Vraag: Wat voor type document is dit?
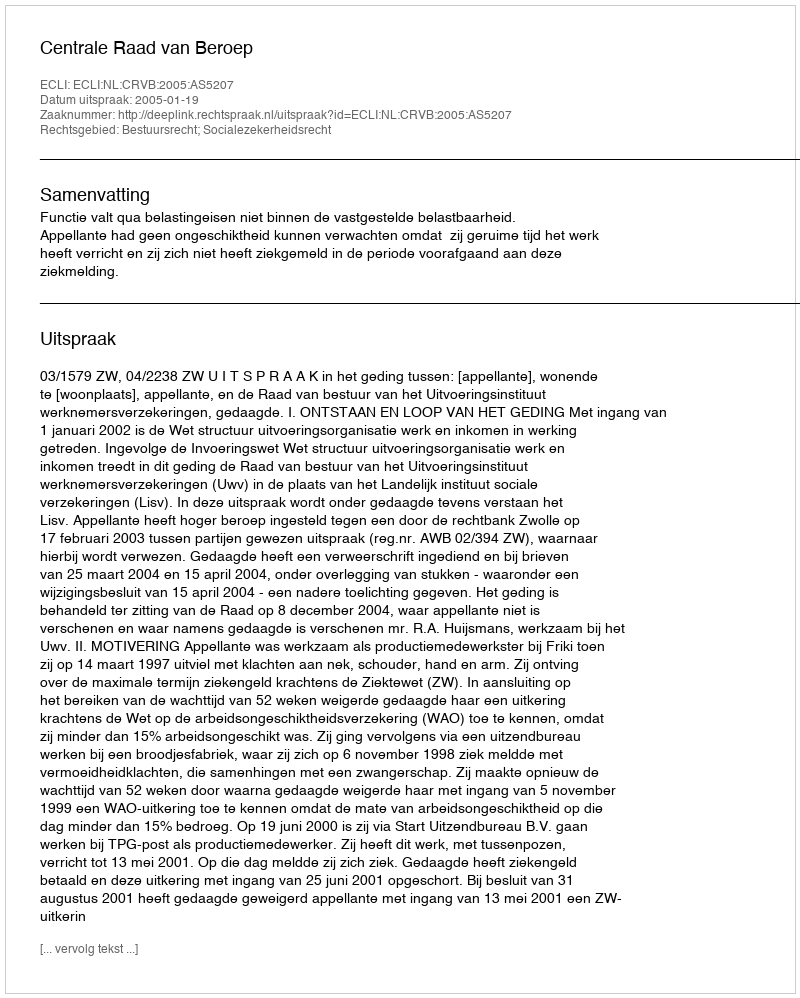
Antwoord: Uitspraak